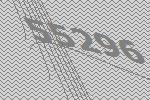
55296